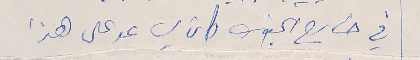
في خارج الجنوب كان يساعد على هذا